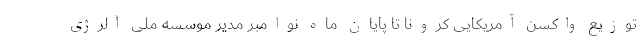
توزیع واکسن آمریکایی کرونا تا پایان ماه نوامبر مدیر موسسه ملی آلرژی